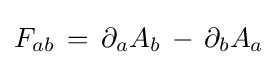
F_{ab}\,=\,\partial _{a}A_{b}\,-\,\partial _{b}A_{a}